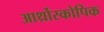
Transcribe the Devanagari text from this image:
आर्थ्रोस्कोपिक